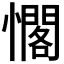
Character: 𭟉